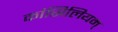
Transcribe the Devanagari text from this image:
कांसिलियम्